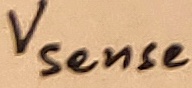
Text: Vsense